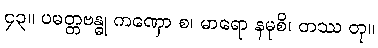
၄၃။ ပမတ္တဗန္ဓု ကဏှော စ၊ မာရော နမုစိ၊ တဿ တု။